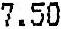
7.50